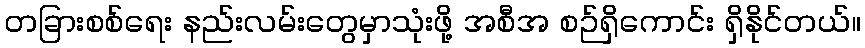
တခြားစစ်ရေး နည်းလမ်းတွေမှာသုံးဖို့ အစီအ စဉ်ရှိကောင်း ရှိနိုင်တယ်။